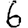
Digit: 6